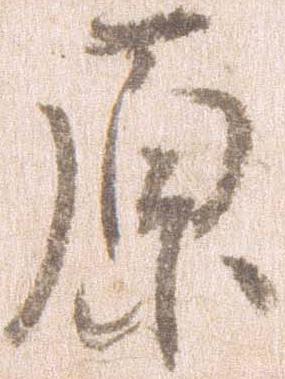
原